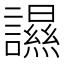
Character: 䜙